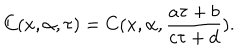
C ( x , \alpha , \tau ) = C ( x , \alpha , \frac { a \tau + b } { c \tau + d } ) .